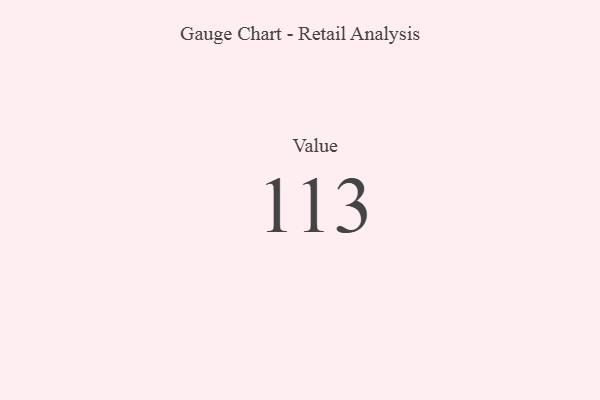
{"axis": {"x": "Metric", "y": "Value"}, "legend": [""], "data": [{"x": "Value", "y": 113, "type": ""}]}